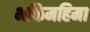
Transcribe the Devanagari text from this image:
भक्तिमहिमा